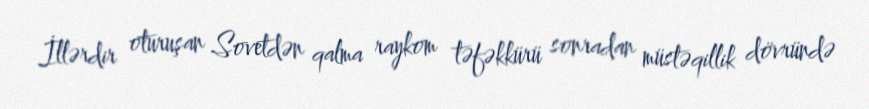
İllərdir oturuşan Sovetdən qalma raykom təfəkkürü sonradan müstəqillik dövründə